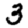
Digit: 3